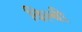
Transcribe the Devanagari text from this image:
विल्बी